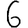
Digit: 6